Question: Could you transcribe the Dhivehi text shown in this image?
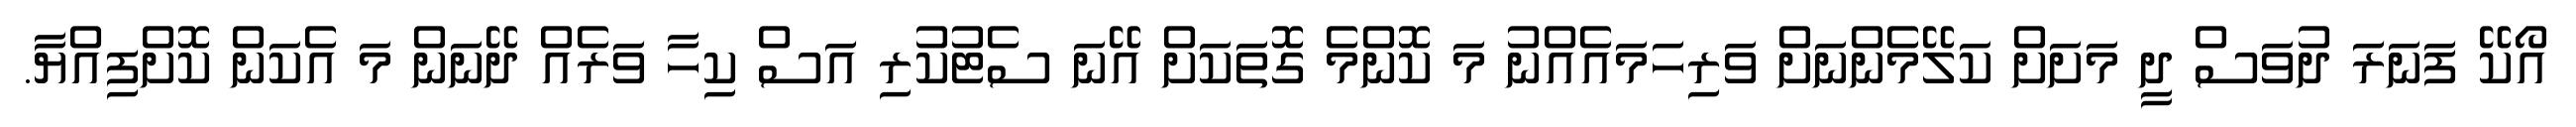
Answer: އޯކޭ ފަނަރަ ދުވަސް ދީ މަށަށް ކަލޭމެންނަށް ވަރިހަމައެއްނު މަ ކޮންމެ ގޮތަކަށް އޭނަ ސެޓުކުރި އަސް ކިހާ ވަރެއް ދޭނަން މަ އެކަން ކޮށްފިއްޔާ.